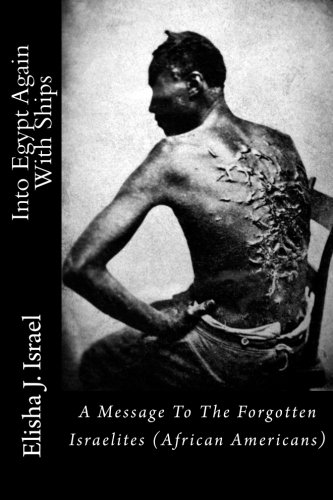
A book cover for Into Egypt Again With Ships: A Message To The Forgotten Israelites; Elisha Israel; History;